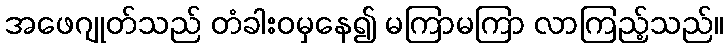
အဖေဂျုတ်သည် တံခါးဝမှနေ၍ မကြာမကြာ လာကြည့်သည်။